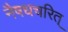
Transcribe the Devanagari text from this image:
नैषधचरित्‌